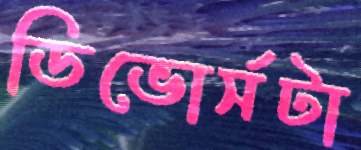
ডিভোর্সটা